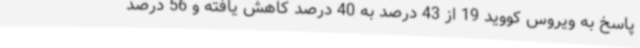
پاسخ به ویروس کووید 19 از 43 درصد به 40 درصد کاهش یافته و 56 درصد